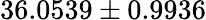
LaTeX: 36.0539\pm 0.9936